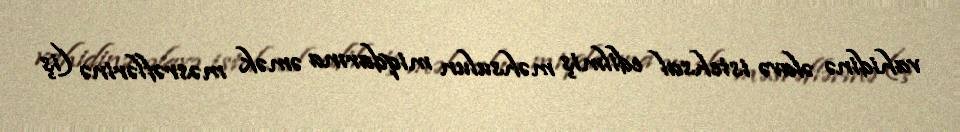
vahidinə əlavə istehsal edilmiş məhsulun miqdarına əmək məsrəflərinə (iş